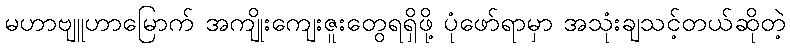
မဟာဗျူဟာမြောက် အကျိုးကျေးဇူးတွေရရှိဖို့ ပုံဖော်ရာမှာ အသုံးချသင့်တယ်ဆိုတဲ့